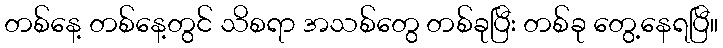
တစ်နေ့ တစ်နေ့တွင် သိစရာ အသစ်တွေ တစ်ခုပြီး တစ်ခု တွေ့နေရပြီ။